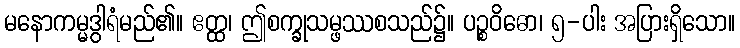
မနောကမ္မဒွါရံမည်၏။ ဧတ္ထ၊ ဤစက္ခုသမ္ဖဿစသည်၌။ ပဉ္စဝိဓော၊ ၅-ပါး အပြားရှိသော။